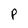
Character: P